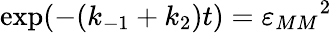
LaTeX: \exp(-(k_{-1}+k_{2})t)={\varepsilon_{MM}}^{2}